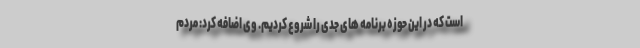
است که در این حوزه برنامه های جدی را شروع کردیم. وی اضافه کرد: مردم